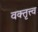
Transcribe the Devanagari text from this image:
वक्तृत्त्व